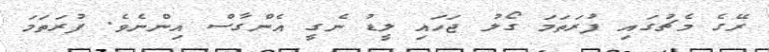
ރޭގެ މެޗުގައި ފުރަތަމަ ގޯލު ޖަހައި ލީޑު ނެގީ އެންގާސް އިންނެވެ. ފުރަތަމަ